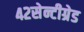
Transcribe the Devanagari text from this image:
४२सेन्टीग्रेड